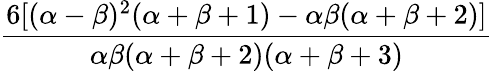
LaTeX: \frac{6[(\alpha-\beta)^{2}(\alpha+\beta+1)-\alpha\beta(\alpha+\beta+2)]}{\alpha\beta(\alpha+\beta+2)(\alpha+\beta+3)}